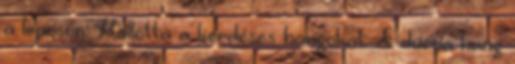
a lépcsőn. Hallotta a kérdéses hangokat. A durva hang